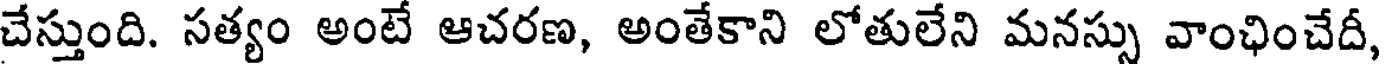
చేస్తుంది. సత్యం అంటే ఆచరణ, అంతేకాని లోతులేని మనస్సు వాంఛించేదీ,